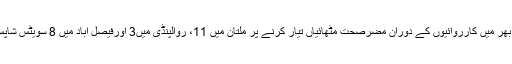
مزید برآں صوبہ بھر میں کارروائیوں کے دوران مضرصحت مٹھائیاں تیار کرنے پر ملتان میں 11، روالپنڈی میں3 اورفیصل آباد میں 8 سویٹس شاپس کو سیل کیا گیا۔